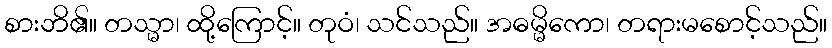
စားဘိ၏။ တသ္မာ၊ ထို့ကြောင့်။ တုဝံ၊ သင်သည်။ အဓမ္မိကော၊ တရားမစောင့်သည်။